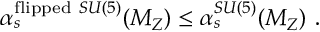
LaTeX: \alpha _ { s } ^ { \mathrm { f l i p p e d } ~ S U ( 5 ) } ( M _ { Z } ) \leq \alpha _ { s } ^ { S U ( 5 ) } ( M _ { Z } ) \ .